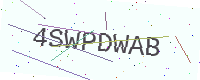
Text: 4SWPDWAB